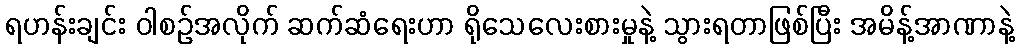
ရဟန်းချင်း ဝါစဉ်အလိုက် ဆက်ဆံရေးဟာ ရိုသေလေးစားမှုနဲ့ သွားရတာဖြစ်ပြီး အမိန့်အာဏာနဲ့